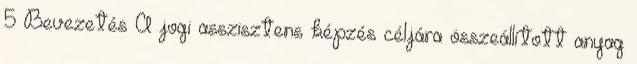
5 Bevezetés A jogi asszisztens képzés céljára összeállított anyag